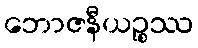
ဘောဇနီယဉ္စဿ